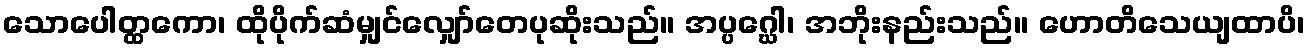
သောပေါတ္ထကော၊ ထိုပိုက်ဆံမျှင်လျှော်တေပုဆိုးသည်။ အပ္ပဂ္ဃေါ၊ အဘိုးနည်းသည်။ ဟောတိသေယျထာပိ၊